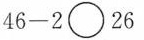
$$4 6 - 2 \circ 2 6$$